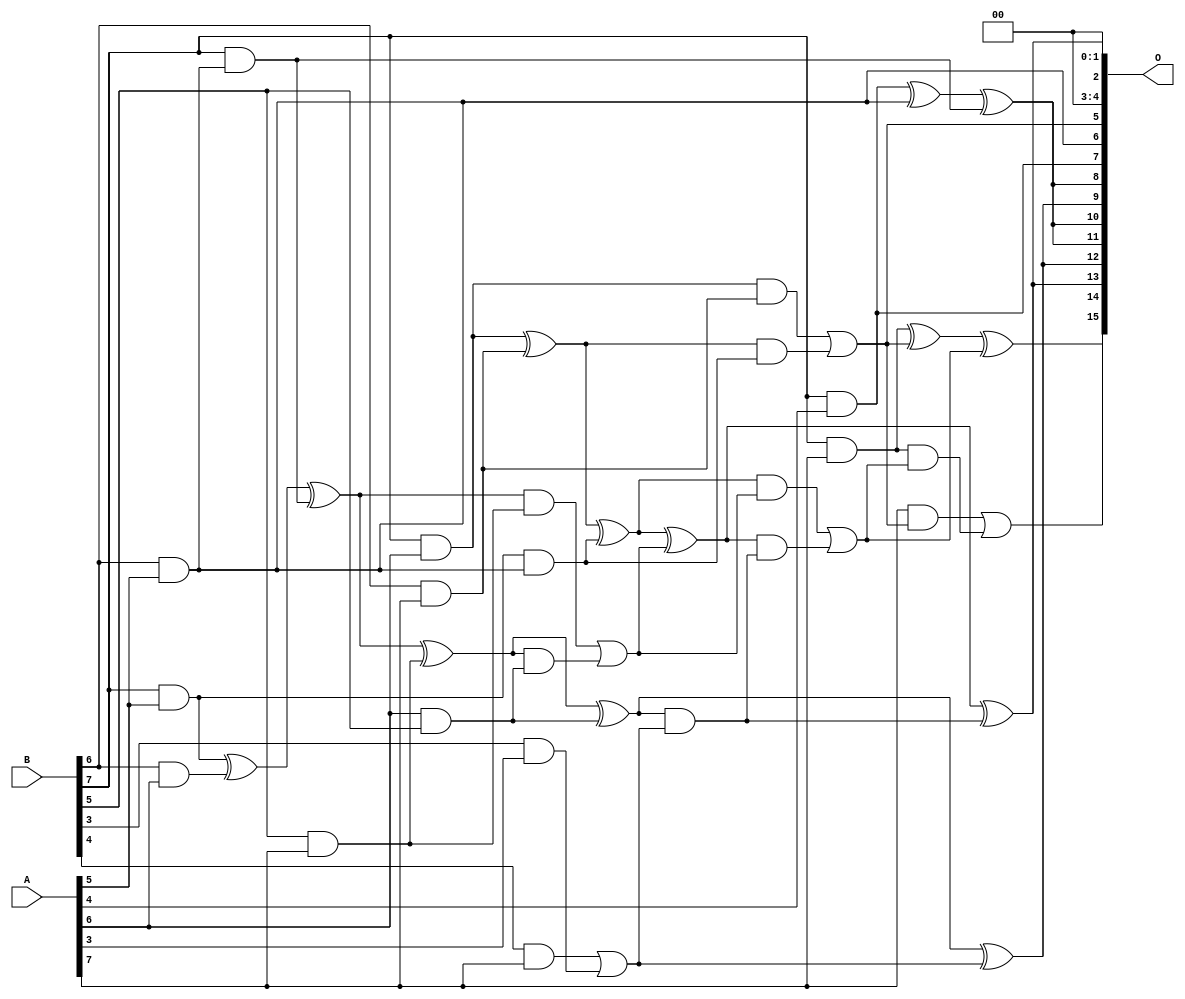
/***
* This code is a part of EvoApproxLib library (ehw.fit.vutbr.cz/approxlib) distributed under The MIT License.
* When used, please cite the following article(s): V. Mrazek, R. Hrbacek, Z. Vasicek and L. Sekanina, "EvoApprox8b: Library of approximate adders and multipliers for circuit design and benchmarking of approximation methods". Design, Automation & Test in Europe Conference & Exhibition (DATE), 2017, Lausanne, 2017, pp. 258-261. doi: 10.23919/DATE.2017.7926993 
* This file contains a circuit from a sub-set of pareto optimal circuits with respect to the pwr and wce parameters
***/
// MAE% = 2.15 %
// MAE = 1409 
// WCE% = 8.21 %
// WCE = 5380 
// WCRE% = 7100.00 %
// EP% = 99.16 %
// MRE% = 39.78 %
// MSE = 30865.11e2 
// PDK45_PWR = 0.034 mW
// PDK45_AREA = 110.8 um2
// PDK45_DELAY = 0.58 ns

module mul8u_JV3 (
    A,
    B,
    O
);

input [7:0] A;
input [7:0] B;
output [15:0] O;

wire sig_138,sig_139,sig_171,sig_181,sig_182,sig_209,sig_213,sig_216,sig_224,sig_225,sig_247,sig_256,sig_257,sig_259,sig_265,sig_266,sig_267,sig_268,sig_293,sig_294;
wire sig_295,sig_296,sig_297,sig_298,sig_299,sig_300,sig_301,sig_302,sig_303,sig_321,sig_322,sig_323,sig_324,sig_325,sig_326,sig_327,sig_328,sig_329,sig_330,sig_331;
wire sig_332;

assign sig_138 = B[6] & A[5];
assign sig_139 = B[7] & A[4];
assign sig_171 = B[7] & sig_138;
assign sig_181 = B[6] & A[5];
assign sig_182 = B[7] & A[5];
assign sig_209 = A[6] & B[5];
assign sig_213 = sig_139 ^ sig_181;
assign sig_216 = sig_213 ^ sig_171;
assign sig_224 = B[6] & A[6];
assign sig_225 = B[7] & A[6];
assign sig_247 = B[3] & A[3];
assign sig_256 = sig_182 ^ sig_224;
assign sig_257 = sig_182 & sig_181;
assign sig_259 = sig_256 ^ sig_171;
assign sig_265 = B[4] & A[7];
assign sig_266 = B[5] & A[7];
assign sig_267 = B[6] & A[7];
assign sig_268 = B[7] & A[7];
assign sig_293 = sig_265 | sig_247;
assign sig_294 = sig_259 ^ sig_266;
assign sig_295 = sig_259 & sig_266;
assign sig_296 = sig_294 & sig_209;
assign sig_297 = sig_294 ^ sig_209;
assign sig_298 = sig_295 | sig_296;
assign sig_299 = sig_225 ^ sig_267;
assign sig_300 = sig_225 & sig_267;
assign sig_301 = sig_299 & sig_257;
assign sig_302 = sig_299 ^ sig_257;
assign sig_303 = sig_300 | sig_301;
assign sig_321 = sig_297 ^ sig_293;
assign sig_322 = sig_297 & sig_293;
assign sig_323 = sig_302 ^ sig_298;
assign sig_324 = sig_302 & sig_298;
assign sig_325 = sig_323 & sig_322;
assign sig_326 = sig_323 ^ sig_322;
assign sig_327 = sig_324 | sig_325;
assign sig_328 = sig_268 ^ sig_303;
assign sig_329 = A[7] & sig_303;
assign sig_330 = sig_268 & sig_327;
assign sig_331 = sig_328 ^ sig_327;
assign sig_332 = sig_329 | sig_330;

assign O[15] = sig_332;
assign O[14] = sig_331;
assign O[13] = sig_326;
assign O[12] = sig_321;
assign O[11] = sig_216;
assign O[10] = sig_216;
assign O[9] = sig_321;
assign O[8] = sig_216;
assign O[7] = sig_139;
assign O[6] = sig_181;
assign O[5] = sig_303;
assign O[4] = 1'b0;
assign O[3] = 1'b0;
assign O[2] = sig_326;
assign O[1] = 1'b0;
assign O[0] = 1'b0;

endmodule